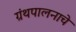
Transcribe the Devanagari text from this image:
ग्रंथपालनाचे